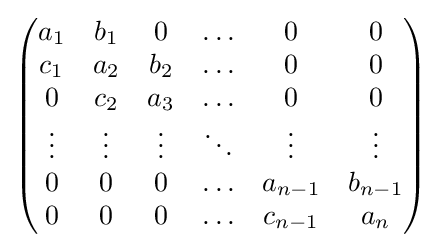
{\begin{pmatrix}a_{1}&b_{1}&0&\ldots &0&0\\c_{1}&a_{2}&b_{2}&\ldots &0&0\\0&c_{2}&a_{3}&\ldots &0&0\\\vdots &\vdots &\vdots &\ddots &\vdots &\vdots \\0&0&0&\ldots &a_{n-1}&b_{n-1}\\0&0&0&\ldots &c_{n-1}&a_{n}\end{pmatrix}}